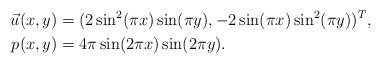
\begin{align*} \vec u(x,y) &= (2\sin^2(\pi x)\sin(\pi y), -2\sin(\pi x)\sin^2(\pi y))^T, \\p(x,y) &= 4\pi \sin(2\pi x)\sin(2\pi y).\end{align*}